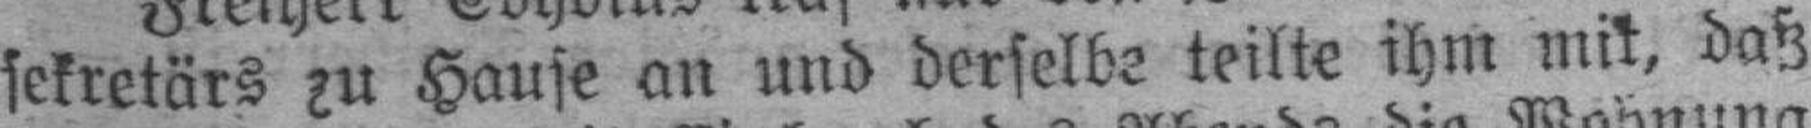
sekretärs zu Hause an und derselbe teilte ihm mit, daß